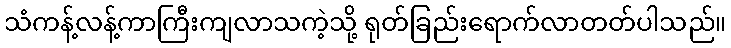
သံကန့်လန့်ကာကြီးကျလာသကဲ့သို့ ရုတ်ခြည်းရောက်လာတတ်ပါသည်။